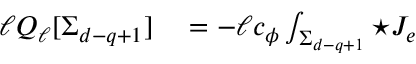
\begin{array} { r l } { \ell Q _ { \ell } [ \Sigma _ { d - q + 1 } ] } & { { } = - \ell c _ { \phi } \int _ { \Sigma _ { d - q + 1 } } { \star { \cal J } _ { e } } } \end{array}